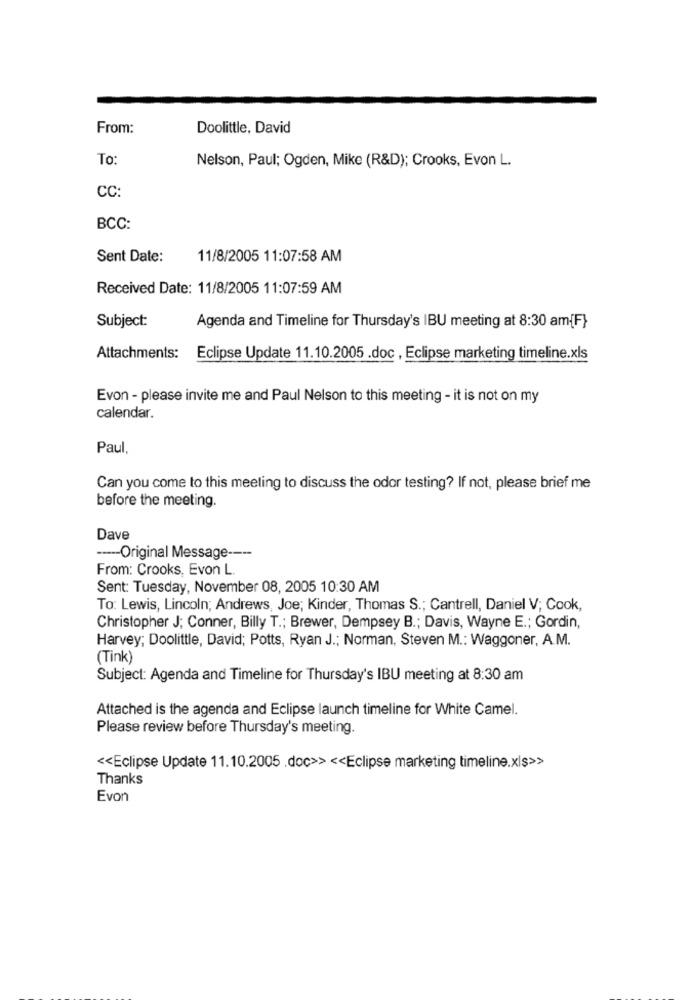
From:
Doolittle, David
To:
Nelson, Paul; Ogden, Mike (R&D); Crooks, Evon L.
CC:
BCC:
Sent Date:
11/8/2005 11:07:58 AM
Received Date: 11/8/2005 11:07:59 AM
Subject:
Agenda and Timeline for Thursday's IBU meeting at 8:30 am{F}
Attachments:
Eclipse Update 11.10.2005 .doc , Eclipse marketing timeline.xls
Evon - please invite me and Paul Nelson to this meeting - it is not on my
calendar.
Paul,
Can you come to this meeting to discuss the odor testing? If not, please brief me
before the meeting.
Dave
----- Original Message ----
From: Crooks, Evon L.
Sent: Tuesday, November 08, 2005 10:30 AM
To: Lewis, Lincoln; Andrews, Joe; Kinder, Thomas S .; Cantrell, Daniel V; Cook,
Christopher J; Conner, Billy T .; Brewer, Dempsey B .; Davis, Wayne E .; Gordin,
Harvey; Doolittle, David; Potts, Ryan J .; Norman, Steven M .: Waggoner, A.M.
(Tink)
Subject: Agenda and Timeline for Thursday's IBU meeting at 8:30 am
Attached is the agenda and Eclipse launch timeline for White Camel.
Please review before Thursday's meeting.
<< Eclipse Update 11.10.2005 .doc>> << Eclipse marketing timeline.xls>>
Thanks
Evon